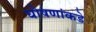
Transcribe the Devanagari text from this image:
घोषणांकडे